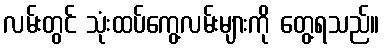
လမ်းတွင် သုံးထပ်ကွေ့လမ်းများကို တွေ့ရသည်။